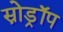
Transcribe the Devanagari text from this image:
स्नोड्रॉप